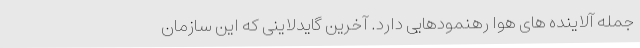
جمله آلاینده های هوا رهنمودهایی دارد. آخرین گایدلاینی که این سازمان